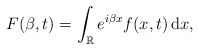
\begin{align*} F(\beta, t) = \int_{\mathbb{R}} e^{i\beta x} f(x,t) \, \mathrm dx, \end{align*}